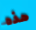
هذه